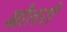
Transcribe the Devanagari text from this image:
मोतरों